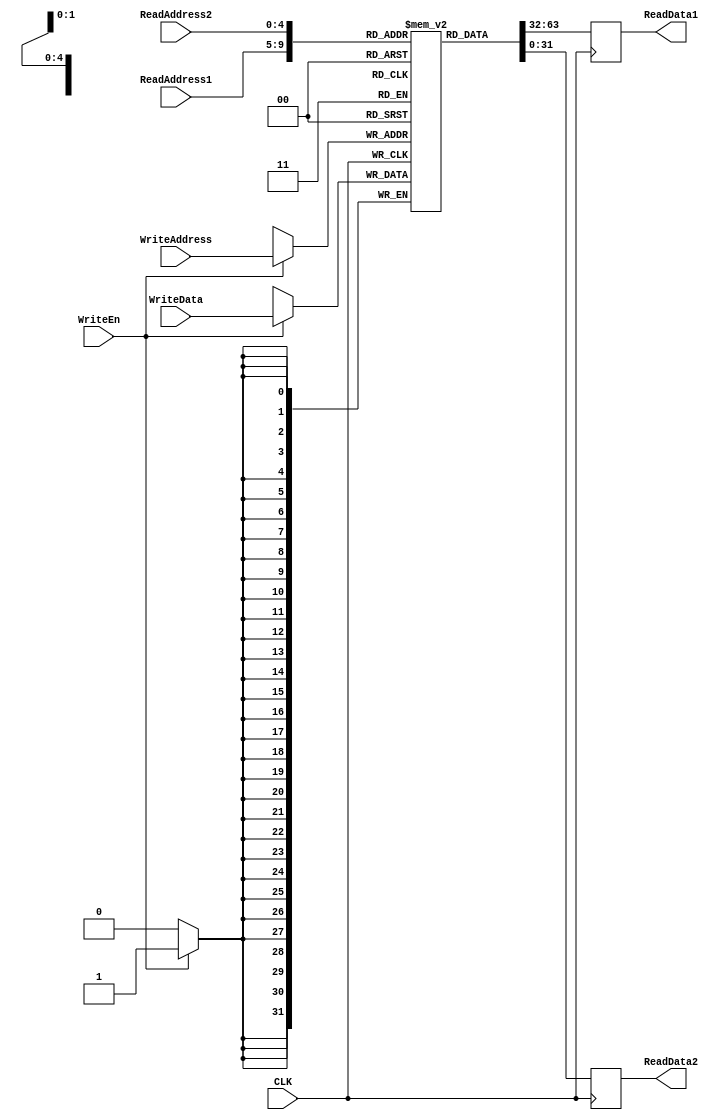
module Register_File(CLK, ReadAddress1, ReadAddress2, WriteAddress, WriteData, ReadData1, ReadData2, WriteEn);
input CLK;
input [4:0] ReadAddress1, ReadAddress2, WriteAddress;
input [31:0] WriteData;
input WriteEn;
output reg [31:0] ReadData1, ReadData2;

reg [31:0] reg1 [31:0];

initial begin
	reg1[2] = 7;
	reg1[3] = 6;
end

always @(posedge CLK) begin
	ReadData1 <= reg1[ReadAddress1];
	ReadData2 <= reg1[ReadAddress2];
	if (WriteEn)
		reg1[WriteAddress] <= WriteData;
end
endmodule